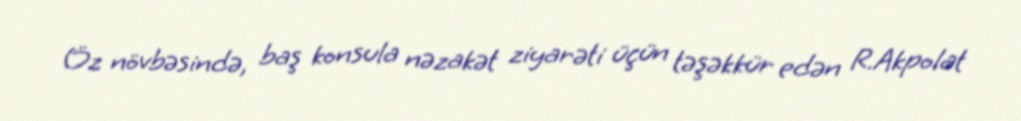
Öz növbəsində, baş konsula nəzakət ziyarəti üçün təşəkkür edən R.Akpolat